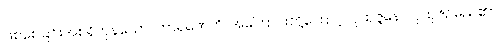
ဖြစ်စေခြင်းအစရှိကုန်သော။ ကာရဏေဟိ၊ အကြောင်းတို့ကြောင့်။ ပုထုဇ္ဇနော၊ ပုထုဇဉ်မည်၏။